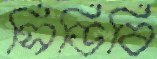
সিডিবি